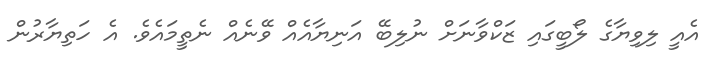
އެއީ ލިވިޔާގެ ލޯބީގައި ޒަކްވާނަށް ނުލިބޭ އަނިޔާއެއް ވޭނެއް ނެތީމައެވެ. އެ ހަތިޔާރުން